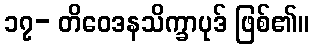
၁၇- တိဝေဒနသိက္ခာပုဒ် ဖြစ်၏။